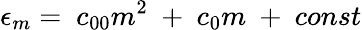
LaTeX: {\epsilon}_{m}=\ c_{00}m^{2}\ +\ c_{0}m\ +\ const